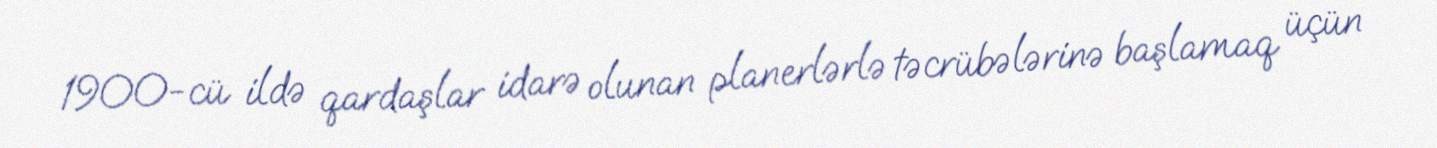
1900-cü ildə qardaşlar idarə olunan planerlərlə təcrübələrinə başlamaq üçün